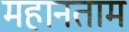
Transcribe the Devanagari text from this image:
महानताम